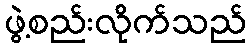
ဖွဲ့စည်းလိုက်သည်